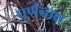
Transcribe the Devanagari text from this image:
घूर्णनाक्ष